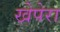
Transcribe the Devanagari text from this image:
खेपेरा